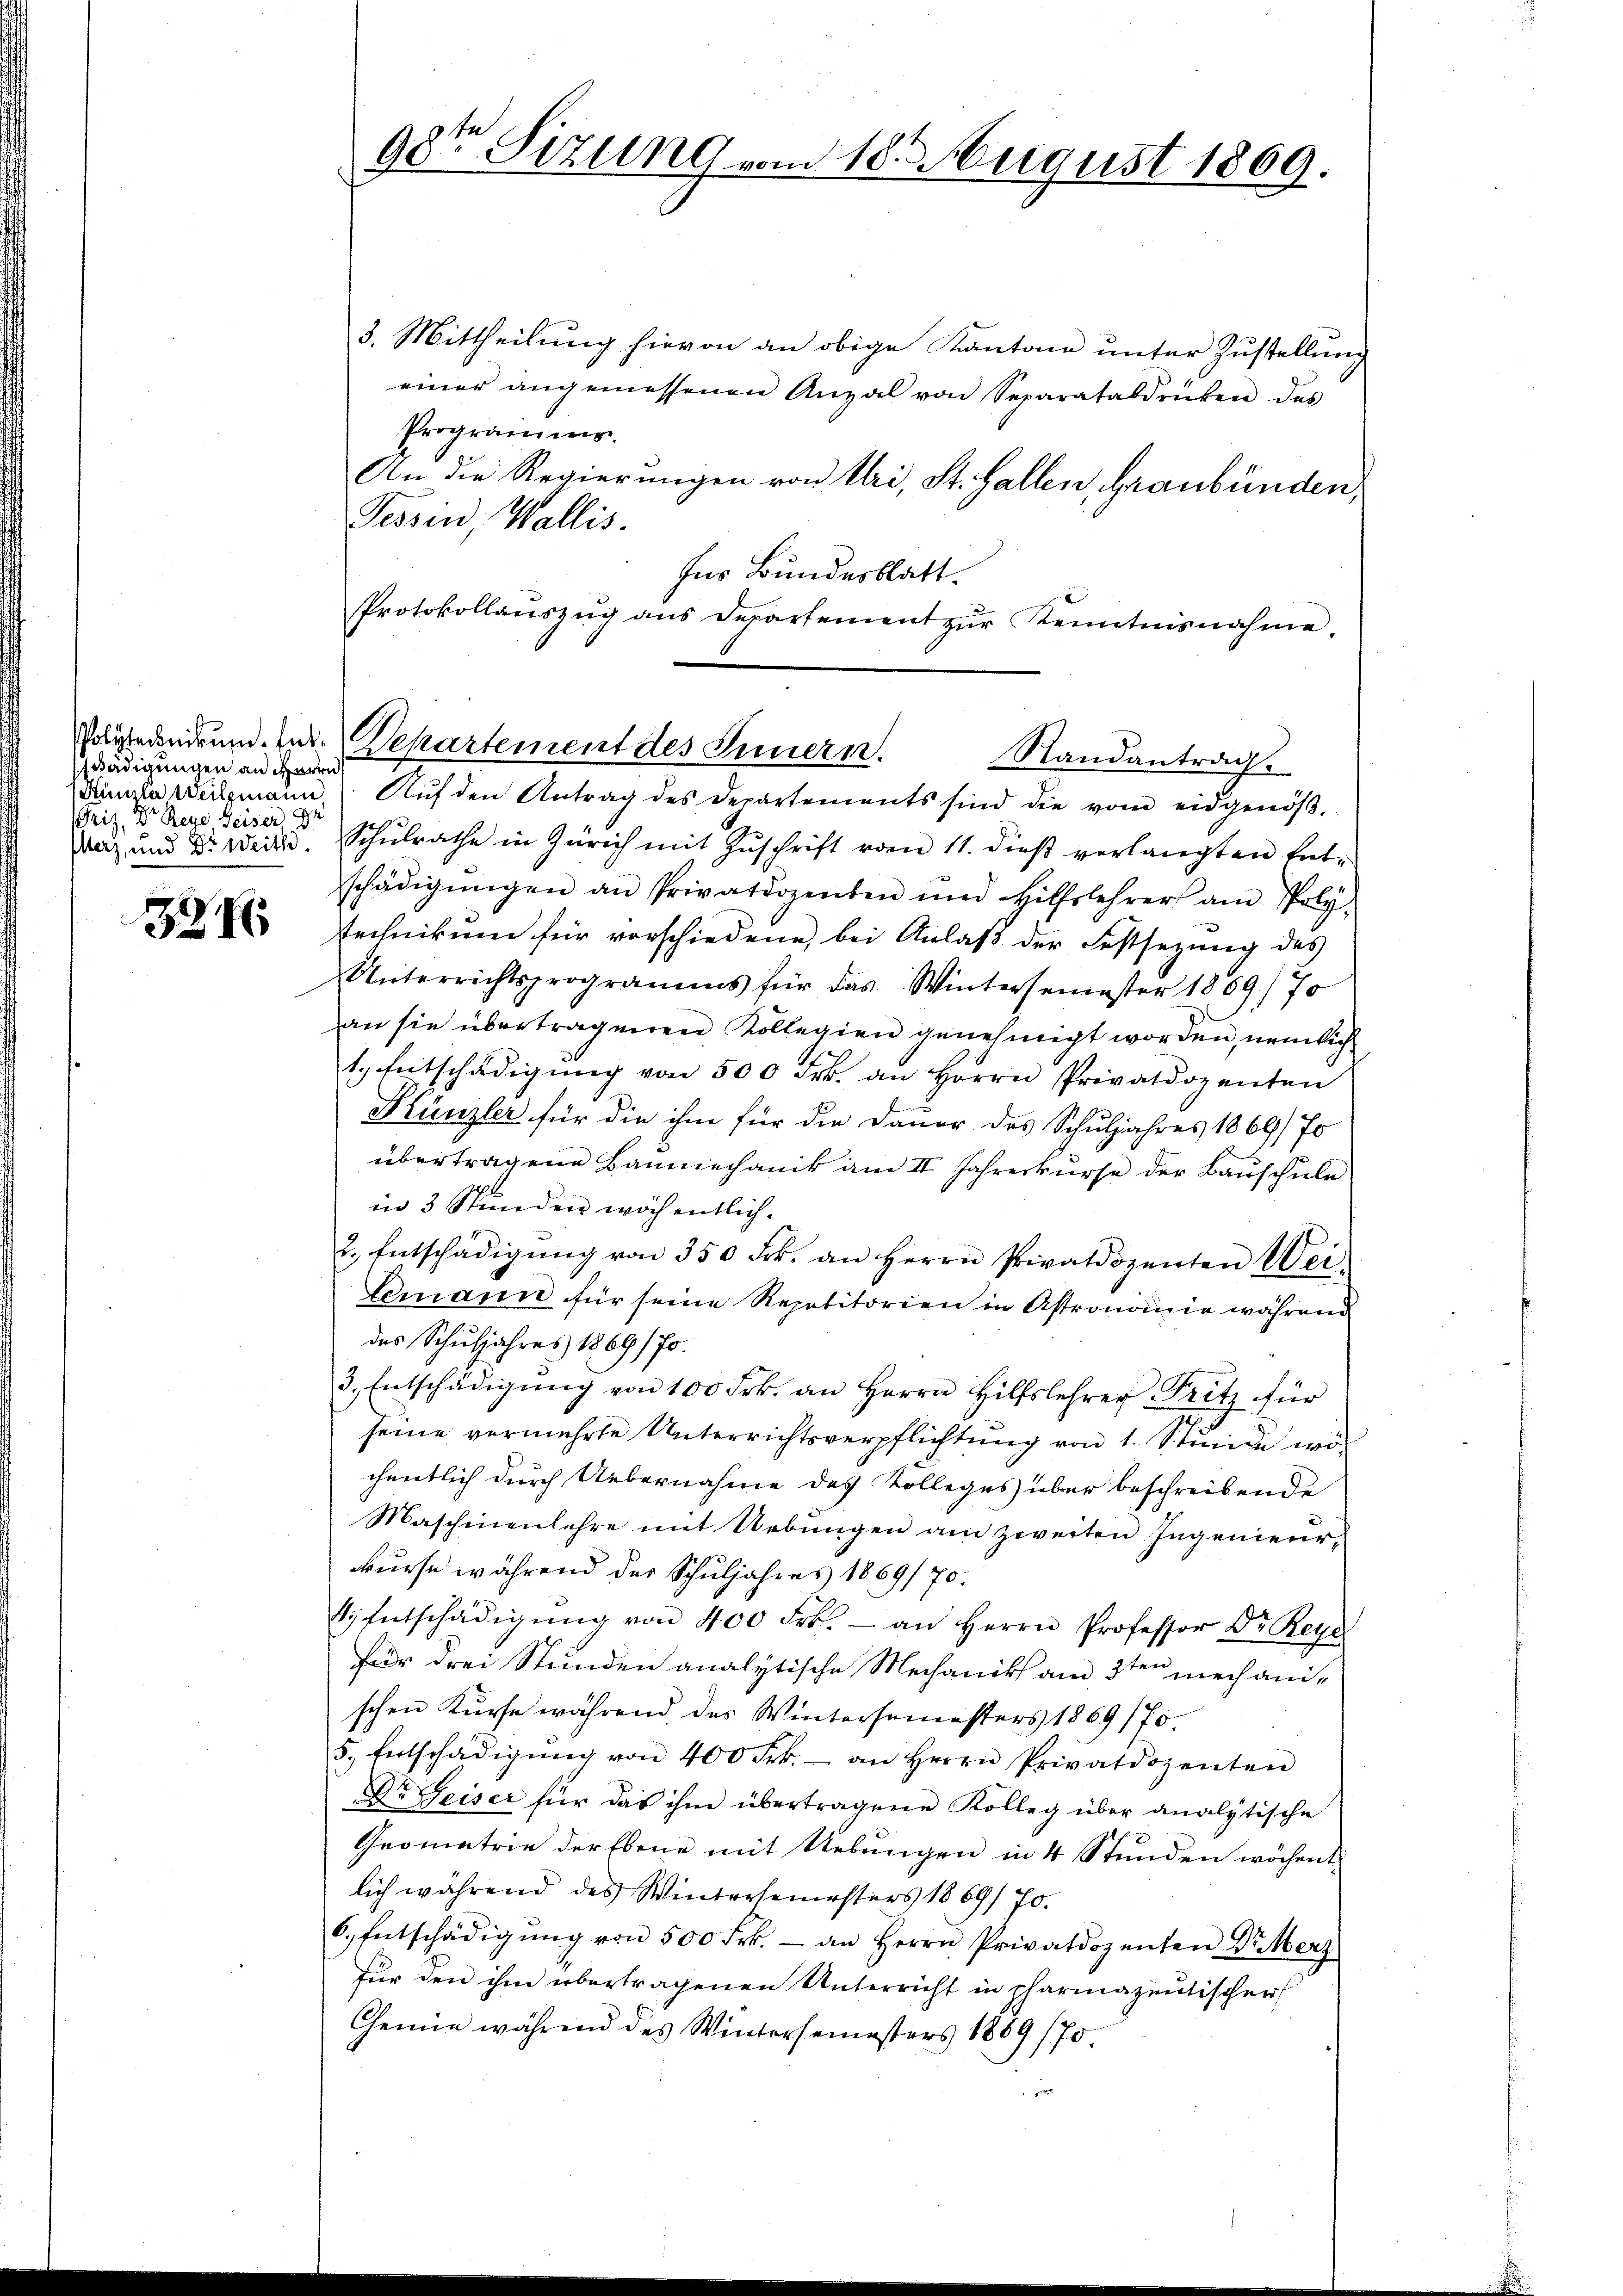
nädigungen an Herrn
Friz. Der Rege Heiser, 94
Ilerz, und Dr Weithe

328

3. Mittheilung hievon an obige Kantone unter Zustellung
einer angemessenen Anzal von Separatabdrücken des
Programms.
An die Regierungen von Uri, St. Gallen, Graubünden,
Pessen, Wallis.
Ins Bundesblatt.
Protokollaŭszŭg ans Departement zŭr Kenntnisnahme.

98ten Sizung vom 18. August 1869.

Polytedoni und der Departement des Innern.
Randantrag.

Simula Weitzmann. Aŭf den Antrag des Departements sind die vom eidgenöβ-
Schŭlrathe in Zürich mit Zŭschrift vom 11. dieβ verlangten Ent-
schädigŭngen an Privatdozenten und Hilfslehrer am Poly-
stechnikum für vorschiedene, bei Anlaß der Festsezung des
Unterrichtsprogramms für das Wintersemester 1869, 70
an sie übertragneren Kollegien genehmigt worden, nemlich
1. Entschädigŭng von 500 Frk. an Herrn Privatdozenten
Künzler für die ihm für die Dauer des Schuljahres 1869/ 70
übertragene Baumechanik am II. Jahreskurse der Bauschule
in 3 Stunden wöchentlich.
2. Entschädigŭng von 350 Frk. an Herrn Privatdozenten Wei
Lemann für seine Repetitorien in Astronomie während
das Schuljahres 1869/70.
3. Entschädigŭng von 100 Frk. an Herrn Hilfslehrer Fritz für
seine vermehrte Unterrichtsverpflichtung von 1 Stunde wo
chentlich durch Uebernahme des Kolleges über beschreibende
Maschinenlehre mit Uebungen am zweiten Ingenieur-
kurse während der Schŭljahres 1869/70.
4. Entschädigŭng von 400 Frk. - an Herrn Professor Dr. Reye
Für drei Stunden analytische Mechanik am 3ten mechani-
schen Kurse während des Wintersemesters 1869/75.
5. Entschädigŭng von 400 Frk. - an Herrn Privatdozenten
Dr Geiser für das ihm übertragene Kolleg über analytische
Geometrie der Ebene mit Uebungen in 4 Stunden wöchentlich während des Wintersemesters 1869/ 70.
6. Entschädigŭng von 500 Frk. - an Herrn Privatdozenten Güterz
für den ihm übertragenen Unterricht in pharmazentischen
Chemie während des Wintersemesters 1889/70.